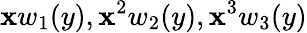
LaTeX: \mathbf{x}w_{1}(y),\mathbf{x}^{2}w_{2}(y),\mathbf{x}^{3}w_{3}(y)